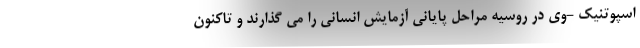
اسپوتنیک -وی در روسیه مراحل پایانی آزمایش انسانی را می گذارند و تاکنون